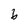
Character: 6